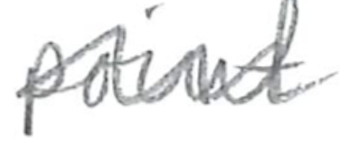
Text: point
Cross-out: wave
Writing tool: pencil